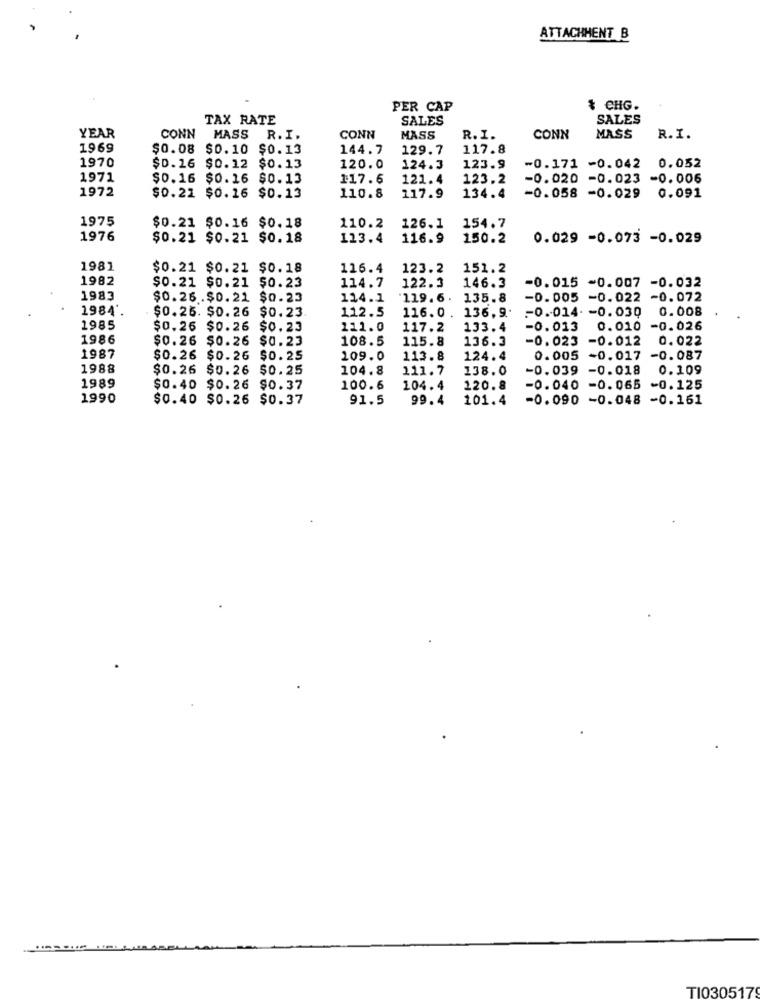
ATTACHMENT B
PER CAP
$ CHG.
TAX RATE
SALES
SALES
YEAR
CONN MASS R.I.
CONN
MASS
R. I.
CONN
MASS
R.I.
1969
$0.08 $0.10 $0.13
144.7
129.7
117.8
1970
$0.16 $0.12 $0.13
120.0
124.3
123.9
-0.171 -0.042 0.052
1971
$0.16 $0.16 $0.13
117.6
121.4
123.2
-0.020 -0.023 -0.006
1972
117.9
134.4
$0.22 $0.16 $0.13
110.8
-0.058 -0.029 0.091
1975
154.7
$0.21 $0.16 $0.18
110.2
126.1
1976
$0.21 $0.21 $0.18
113.4
116.9
150.2
0.029 -0.073 -0.029
1981
$0.21 $0.21 $0.18
116.4
123.2
151.2
1982
114.7
122.3
146.3
$0.21 $0.21 $0.23
-0.015 -0.007 -0.032
1983
$0.26 .$0.21 $0.23
114.1
'119.6.
135.8
-0.005 -0.022 -0.072
1984'.
112.5
136.9 ..
-0.014. - 0.030 0.008
$0.25. $0.26 $0.23
116.0.
1985
$0.26 $0.26 $0.23
111.0
117.2
133.4
-0.013 0.010 -0.026
1986
$0.26 $0.26 $0.23
108.5
115.8
136.3
-0.023 -0.012
0.022
1987
$0.26 $0.26 $0.25
109.0
113.8
124.4
0.005 -0.017
-0.087
1988
$0.26 $0.26 $0.25
104.8
111.7
138.0
-0.039 -0.018
0.109
1989
$0.40 $0.26 $0.37
100.6
104.4
120.8
-0.040 -0.065 -0.125
1990
$0.40 $0.26 $0.37
91.5
99.4
101.4
-0.090 -0.048 -0.161
TI0305179